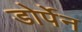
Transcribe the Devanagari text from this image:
डोर्पेन